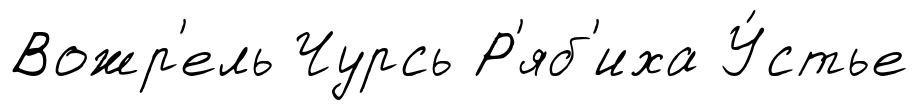
Вожр'ель Чурсь Р'яб'иха У́стье